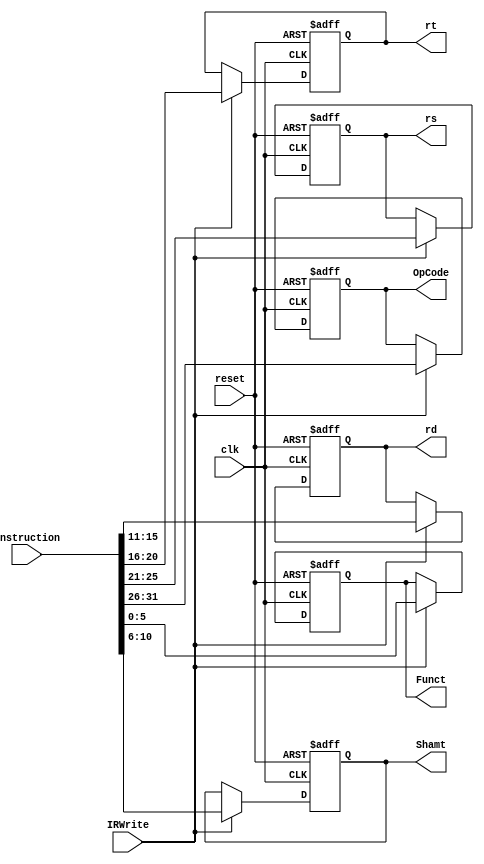
module InstReg(reset, clk, IRWrite, Instruction, OpCode, rs, rt, rd, Shamt, Funct);
    //Input Clock Signals
    input reset;
    input clk;
    //Input Control Signals
    input IRWrite;
    //Input Instruction
    input [31:0] Instruction;
    //Output Data
    output reg [5:0]  OpCode;
    output reg [4:0]  rs;
    output reg [4:0]  rt;
    output reg [4:0]  rd;
    output reg [4:0]  Shamt;
    output reg [5:0]  Funct;
    
    reg [31:0] instruction;
    
    always @(posedge reset or posedge clk) begin
        if (reset) begin
            OpCode <= 6'b000000;
            rs <= 5'b00000;
            rt <= 5'b00000;
            rd <= 5'b00000;
            Shamt <= 5'b00000;
            Funct <= 6'b000000;
            instruction <= 32'b0;
        end
        else if (IRWrite) begin
            OpCode <= Instruction[31:26];
            rs <= Instruction[25:21];
            rt <= Instruction[20:16];
            rd <= Instruction[15:11];
            Shamt <= Instruction[10:6];
            Funct <= Instruction[5:0];
            instruction <= Instruction;
        end
        else begin
            OpCode <= OpCode;
            rs <= rs;
            rt <= rt;
            rd <= rd;
            Shamt <= Shamt;
            Funct <= Funct;
            instruction <= instruction;
        end
    end

endmodule